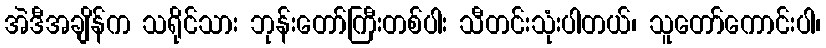
အဲဒီအချိန်က သရိုင်သား ဘုန်းတော်ကြီးတစ်ပါး သီတင်းသုံးပါတယ်၊ သူတော်ကောင်းပါ၊